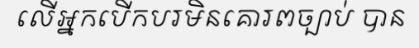
លើអ្នកបើកបរមិនគោរពច្បាប់ បាន